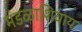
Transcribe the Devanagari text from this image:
मंडळाशिवाय